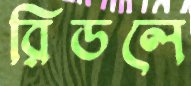
রিডলে